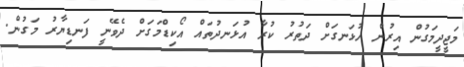
މަޖީދީމަގުން އިރުން ހުޅަނގަށް ދަތުރު ކުރާ އުޅަނދުތައް އޯކިޑްމަގަށް ދެވޭނީ ފަނޑިޔާރު މަގުން.